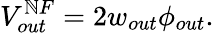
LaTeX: V_{out}^{\mathbb{N}F}=2w_{out}\phi_{out}.